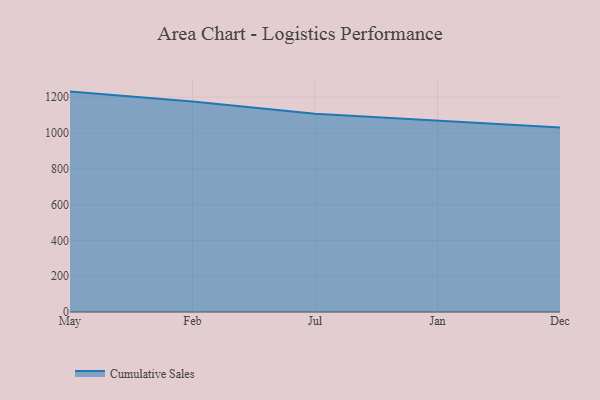
{"axis": {"x": "Month", "y": "LTV (USD)"}, "legend": ["Cumulative Sales"], "data": [{"x": "May", "y": 1231.1, "type": "Cumulative Sales"}, {"x": "Feb", "y": 1175.6, "type": "Cumulative Sales"}, {"x": "Jul", "y": 1107.2, "type": "Cumulative Sales"}, {"x": "Jan", "y": 1069.0, "type": "Cumulative Sales"}, {"x": "Dec", "y": 1030.6, "type": "Cumulative Sales"}]}